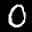
Label: 0